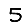
Digit: 5